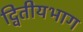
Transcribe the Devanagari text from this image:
द्वितीयभाग